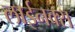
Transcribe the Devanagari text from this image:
लाईनक्स